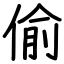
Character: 偷